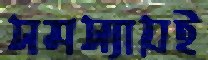
সমস্যায়ই